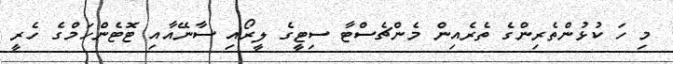
މި ހަ ކުޅުންތެރިންގެ ތެރެއިން މެންޗެސްޓާ ސިޓީގެ ލީރޯއި ސާނޭއާއި ޓޮޓެންހަމްގެ ހެރީ